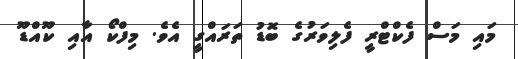
މައި މަސް ފެކްޓްރީ ފެލިވަރުގެ ބޮޑު ތަރައްގީ އެވެ. މިފްކޯ އާއި ކޫއްޑޫ